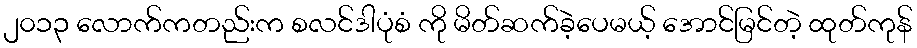
၂၀၁၃ လောက်ကတည်းက စလင်ဒါပုံစံ ကို မိတ်ဆက်ခဲ့ပေမယ့် အောင်မြင်တဲ့ ထုတ်ကုန်